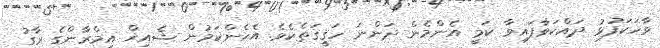
ވާހަކަފުޅު ދައްކަވާފައިވާ ކަމީ އެންމެން ދަންނަ ހަޤީޤަތެކެވެ. އެހެންކަމުން ޝެއިޚް އިމްރާންގެ ރާގު